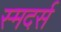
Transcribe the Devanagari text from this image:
स्मदर्स